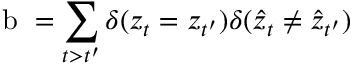
\mathrm { ~ b ~ } = \sum _ { t > t ^ { \prime } } \delta ( z _ { t } = z _ { t ^ { \prime } } ) \delta ( \hat { z } _ { t } \neq \hat { z } _ { t ^ { \prime } } )